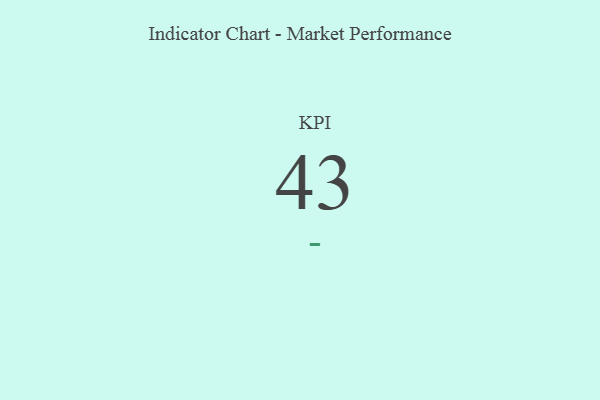
{"axis": {"x": "KPI", "y": "Value"}, "legend": [""], "data": [{"x": "KPI", "y": 43, "type": ""}]}